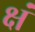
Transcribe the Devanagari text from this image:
क्षं